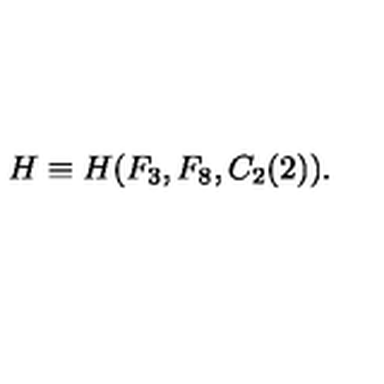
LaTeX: H \equiv H ( F _ { 3 } , F _ { 8 } , C _ { 2 } ( 2 ) ) .